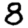
Digit: 8